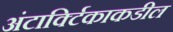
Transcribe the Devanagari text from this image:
अंटार्क्टिकाकडील